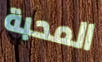
المحبة